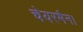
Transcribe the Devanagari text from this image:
चेयरमैन।